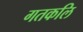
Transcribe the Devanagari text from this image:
गतकलि